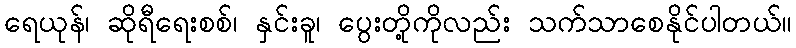
ရေယုန်၊ ဆိုရီရေးစစ်၊ နှင်းခူ၊ ပွေးတို့ကိုလည်း သက်သာစေနိုင်ပါတယ်။